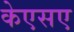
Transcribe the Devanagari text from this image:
केएसए